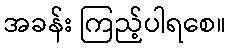
အခန်း ကြည့်ပါရစေ။